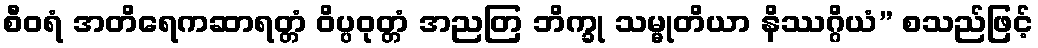
စီဝရံ အတိရေကဆာရတ္တံ ဝိပ္ပဝုတ္တံ အညတြ ဘိက္ခု သမ္မုတိယာ နိဿဂ္ဂိယံ” စသည်ဖြင့်